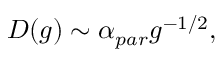
D ( g ) \sim \alpha _ { p a r } g ^ { - 1 / 2 } ,